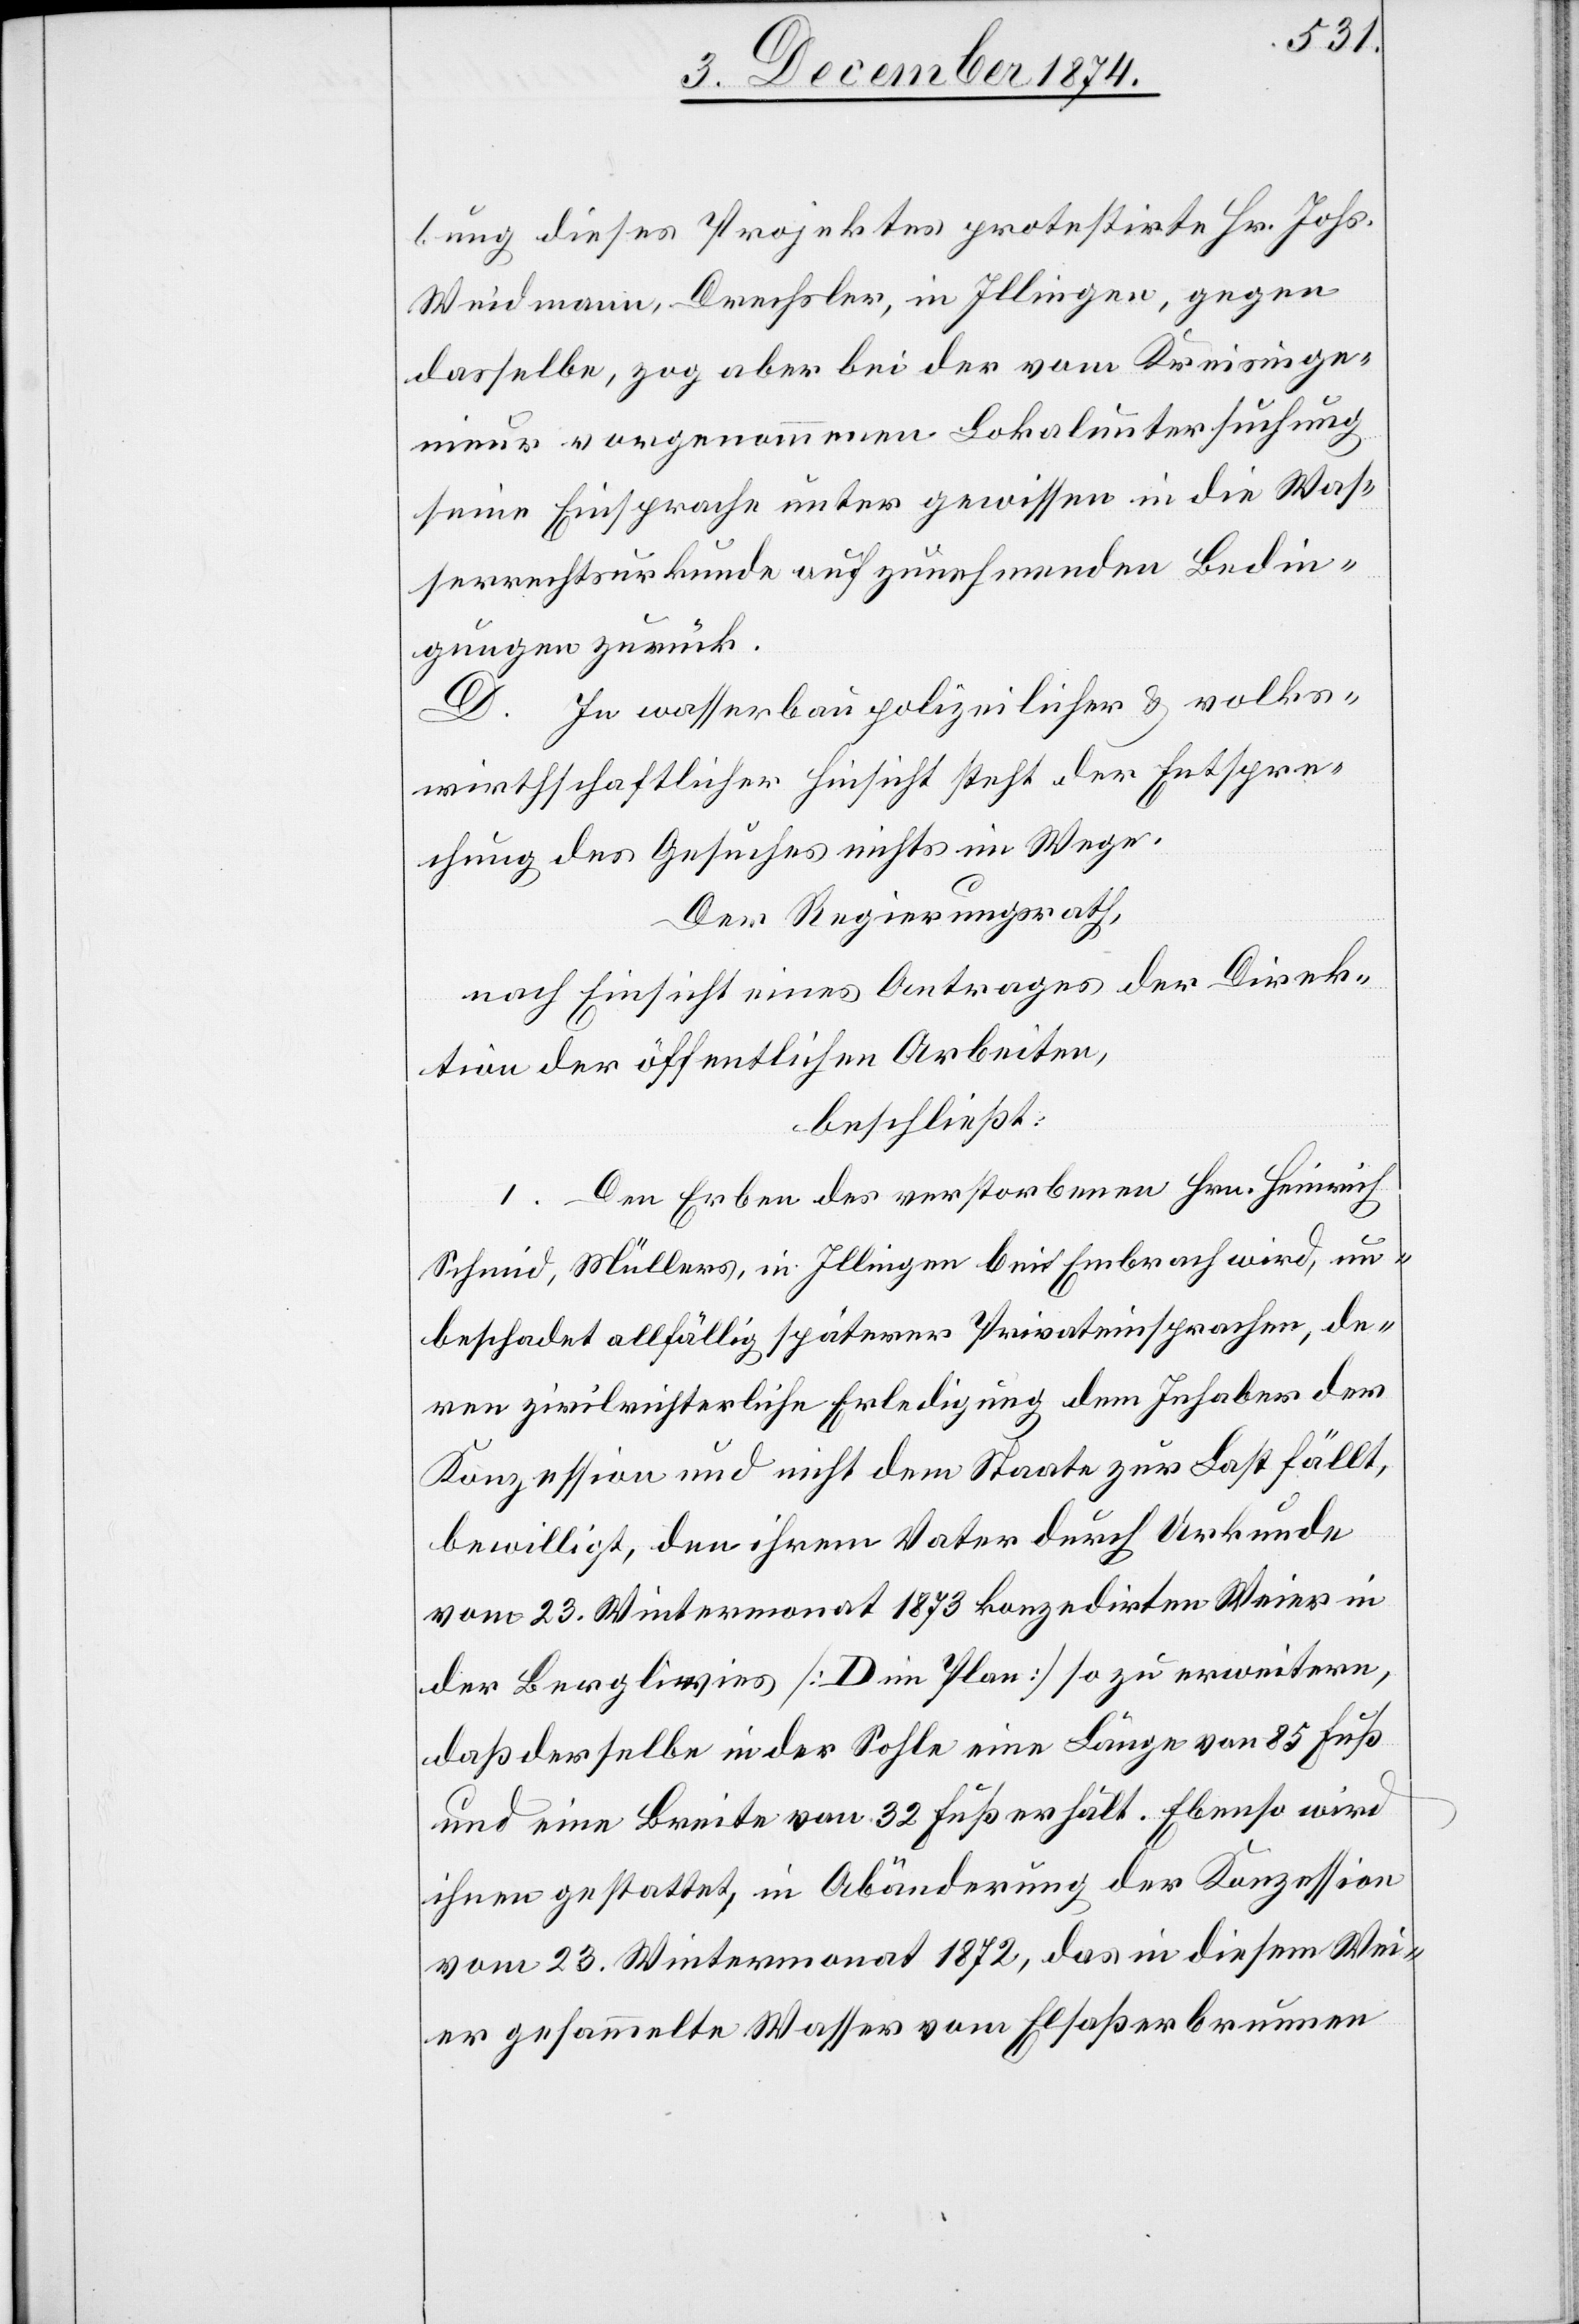
bung dieses Projektes protestirte Hr. Johs.
Weidmann, Drechsler, in Illingen, gegen
dasselbe zog aber bei der vom Kreisinge¬
nieur vorgenommenen Lokaluntersuchung
seine Einsprache unter gewissen in die Was¬
serrechtsurkunde aufzunehmenden Bedin¬
gungen zurück.
D. In wasserbaupolizeilicher & volks¬
wirthschaftlicher Hinsicht steht der Entspre¬
chung des Gesuches nichts im Wege.
Der Regierungsrath,
nach Einsicht eines Antrages der Direk¬
tion der öffentlichen Arbeiten,
beschließt:
I. Den Erben des verstorbenen Hrn. Heinrich
Schmid, Müllers, in Illingen bei Embrach wird, un¬
beschadet allfällig späterer Privateinsprachen, de¬
ren zivilrichterliche Erledigung dem Inhaber der
Konzession und nicht dem Staate zur Last fällt,
bewilligt, den ihrem Vater durch Urkunde
vom 23. Wintermonat 1873 konzedirten Weier in
der Bergliwies [D im Plan] so zu erweitern,
daß derselbe in der Sohle eine Länge von 85 Fuß
und eine Breite von 32 Fuß erhält. Ebenso wird
ihnen gestattet, in Abänderung der Konzession
vom 23. Wintermonat 1872, das in diesem Wei¬
er gesammelte Wasser vom Elsaßerbrunnen